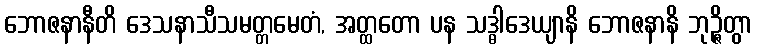
ဘောဇနာနီတိ ဒေသနာသီသမတ္တမေတံ, အတ္ထတော ပန သဒ္ဓါဒေယျာနိ ဘောဇနာနိ ဘုဉ္ဇိတွာ